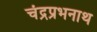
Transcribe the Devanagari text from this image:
चंद्रप्रभनाथ